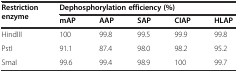
<table><thead><tr><td rowspan="2"><b>Restriction enzyme</b></td><td colspan="5"><b>Dephosphorylation efficiency (%)</b></td></tr><tr><td><b>mAP</b></td><td><b>AAP</b></td><td><b>SAP</b></td><td><b>CIAP</b></td><td><b>HLAP</b></td></tr></thead><tbody><tr><td>HindIII</td><td>100</td><td>99.8</td><td>99.5</td><td>99.9</td><td>99.8</td></tr><tr><td>PstI</td><td>91.1</td><td>87.4</td><td>98.0</td><td>98.2</td><td>95.2</td></tr><tr><td>SmaI</td><td>99.6</td><td>99.4</td><td>98.9</td><td>100</td><td>99.7</td></tr></tbody></table>